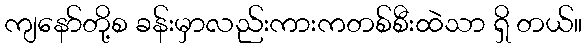
ကျနော်တို့စ ခန်းမှာလည်းကားကတစ်စီးထဲသာ ရှိ တယ်။